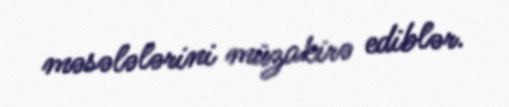
məsələlərini müzakirə ediblər.